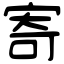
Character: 寄